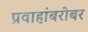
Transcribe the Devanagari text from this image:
प्रवाहांबरोबर